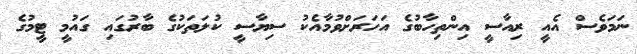
ނަމަވެސް އެއީ ރިއާސީ އިންތިހާބުގެ އަހަރަށްވުމާއެކު ސިޔާސީ ކުލަތަކުގެ ބާރުގައި ގައުމީ ޓީމުގެ